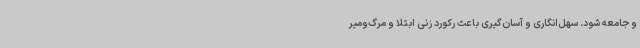
و جامعه شود. سهل‌انگاری و آسان‌گیری باعث رکورد زنی ابتلا و مرگ‌ومیر